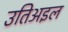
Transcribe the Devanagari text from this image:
उतिअइल